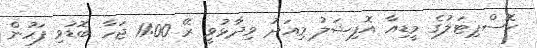
ހޮސްޕިޓަލުގެ މީޑިއާ އޮފިޝަލު މިއަދު ވިދާޅުވީ ރޭ 11:00 ޖަހާ ބޮޑުވި ފަހުން